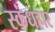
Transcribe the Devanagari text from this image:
स्कंधहार